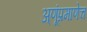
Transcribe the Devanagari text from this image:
अ्णूंप्रमाणेच